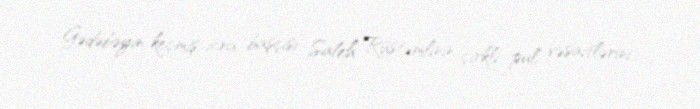
Gədəbəyin keçmiş icra başçısı Saleh Rüstəmlinin çirkli pul vəsaitlərini